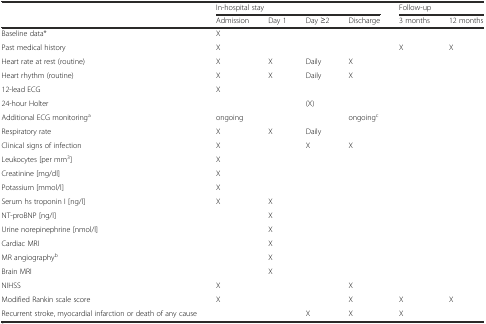
<table><thead><tr><td></td><td colspan="4"><b>In-hospital stay</b></td><td colspan="2"><b>Follow-up</b></td></tr><tr><td></td><td><b>Admission</b></td><td><b>Day 1</b></td><td><b>Day ≥2</b></td><td><b>Discharge</b></td><td><b>3 months</b></td><td><b>12 months</b></td></tr></thead><tbody><tr><td>Baseline data*</td><td>X</td><td></td><td></td><td></td><td></td><td></td></tr><tr><td>Past medical history</td><td>X</td><td></td><td></td><td></td><td>X</td><td>X</td></tr><tr><td>Heart rate at rest (routine)</td><td>X</td><td>X</td><td>Daily</td><td>X</td><td></td><td></td></tr><tr><td>Heart rhythm (routine)</td><td>X</td><td>X</td><td>Daily</td><td>X</td><td></td><td></td></tr><tr><td>12-lead ECG</td><td>X</td><td></td><td></td><td></td><td></td><td></td></tr><tr><td>24-hour Holter</td><td></td><td></td><td>(X)</td><td></td><td></td><td></td></tr><tr><td>Additional ECG monitoring<sup>a</sup></td><td colspan="3">ongoing</td><td>ongoing<sup>c</sup></td><td></td><td></td></tr><tr><td>Respiratory rate</td><td>X</td><td>X</td><td>Daily</td><td></td><td></td><td></td></tr><tr><td>Clinical signs of infection</td><td>X</td><td></td><td>X</td><td>X</td><td></td><td></td></tr><tr><td>Leukocytes [per mm<sup>3</sup>]</td><td>X</td><td></td><td></td><td></td><td></td><td></td></tr><tr><td>Creatinine [mg/dl]</td><td>X</td><td></td><td></td><td></td><td></td><td></td></tr><tr><td>Potassium [mmol/l]</td><td>X</td><td></td><td></td><td></td><td></td><td></td></tr><tr><td>Serum hs troponin I [ng/l]</td><td>X</td><td>X</td><td></td><td></td><td></td><td></td></tr><tr><td>NT-proBNP [ng/l]</td><td></td><td>X</td><td></td><td></td><td></td><td></td></tr><tr><td>Urine norepinephrine [nmol/l]</td><td></td><td>X</td><td></td><td></td><td></td><td></td></tr><tr><td>Cardiac MRI</td><td></td><td>X</td><td></td><td></td><td></td><td></td></tr><tr><td>MR angiography<sup>b</sup></td><td></td><td>X</td><td></td><td></td><td></td><td></td></tr><tr><td>Brain MRI</td><td></td><td>X</td><td></td><td></td><td></td><td></td></tr><tr><td>NIHSS</td><td>X</td><td></td><td></td><td>X</td><td></td><td></td></tr><tr><td>Modified Rankin scale score</td><td>X</td><td></td><td></td><td>X</td><td>X</td><td>X</td></tr><tr><td>Recurrent stroke, myocardial infarction or death of any cause</td><td colspan="2"></td><td>X</td><td>X</td><td>X</td><td></td></tr></tbody></table>